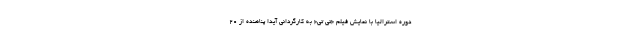
دوره استرالیا با نمایش فیلم «تی تی« به کارگردانی آیدا پناهنده از ۲۰